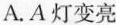
A.A灯变亮